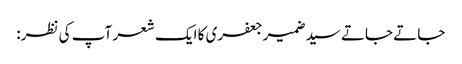
جاتے جاتے سیدضمیرجعفری کا ایک شعر آپ کی نظر: